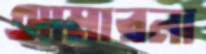
আমারনা